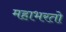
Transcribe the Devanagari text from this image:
महाभरतो